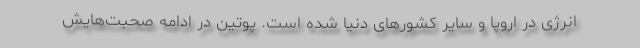
انرژی در اروپا و سایر کشورهای دنیا شده است. پوتین در ادامه صحبت‌هایش